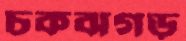
চকঝগড়ু